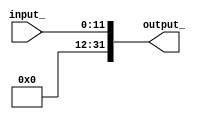

module ZeroExtend(input_,output_);
		
	input [11:0] input_;
	
	output reg [31:0] output_;
	
	always @ (input_)
	begin
		output_ = {20'b0, input_};			//zero extention  to 32 bit
	end
	
	
endmodule